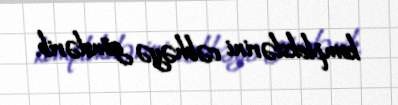
komplekslərini cəbhəyə göndərib.